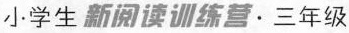
小学生新阅读训练营·三年级